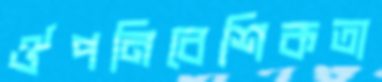
ঔপনিবেশিকতা